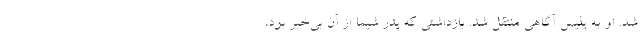
شد. او به پلیس آگاهی منتقل شد. بازداشتی که پدر شیما از آن بی‌خبر بود،